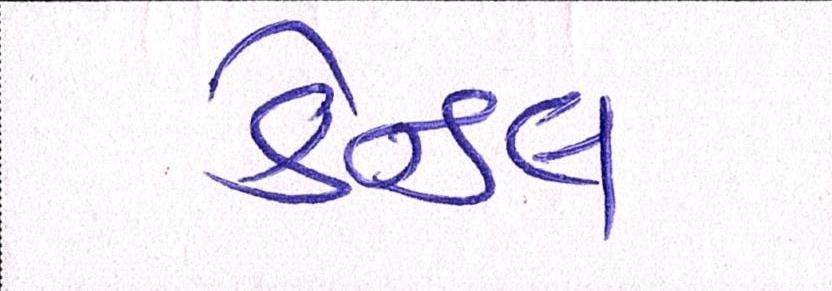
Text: કેન્ડલ